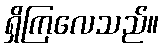
ရှိကြလေသည်။